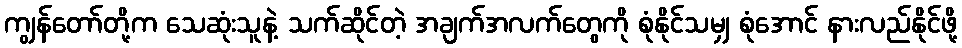
ကျွန်တော်တို့က သေဆုံးသူနဲ့ သက်ဆိုင်တဲ့ အချက်အလက်တွေကို စုံနိုင်သမျှ စုံအောင် နားလည်နိုင်ဖို့